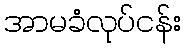
အာမခံလုပ်ငန်း